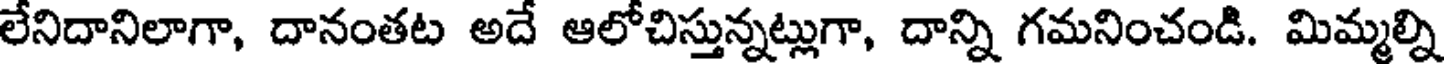
లేనిదానిలాగా, దానంతట అదే ఆలోచిస్తున్నట్లుగా, దాన్ని గమనించండి. మిమ్మల్ని